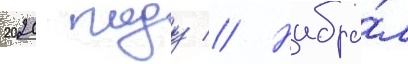
2020 году // Набра́л